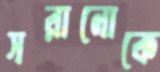
সরানোকে